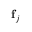
\mathbf { f } _ { j }